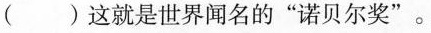
() 这就是世界闻名的”诺贝尔奖”。